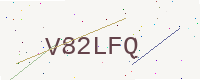
Text: V82LFQ